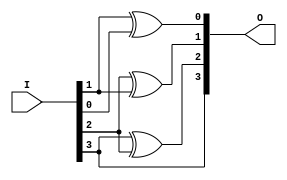
module GL_lab5(O, I);

input [3:0] I;
output [3:0] O;

xor G0(O[0], I[1], I[0]);
xor G1(O[1], I[2], I[1]);
xor G2(O[2], I[3], I[2]);
xor G3(O[3], I[3], 0);

endmodule